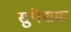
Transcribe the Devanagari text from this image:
सुपेशसा